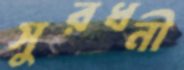
সুরধনী